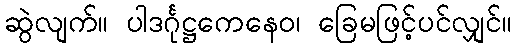
ဆွဲလျက်။ ပါဒင်္ဂုဋ္ဌကေနေဝ၊ ခြေမဖြင့်ပင်လျှင်။